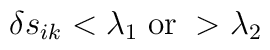
\delta  s_{ik}<\lambda_1\;\mbox{or}\;>\lambda_2